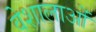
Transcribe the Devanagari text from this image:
वेशालाओं